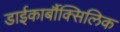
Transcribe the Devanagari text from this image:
डाईकार्बौक्सिलिक